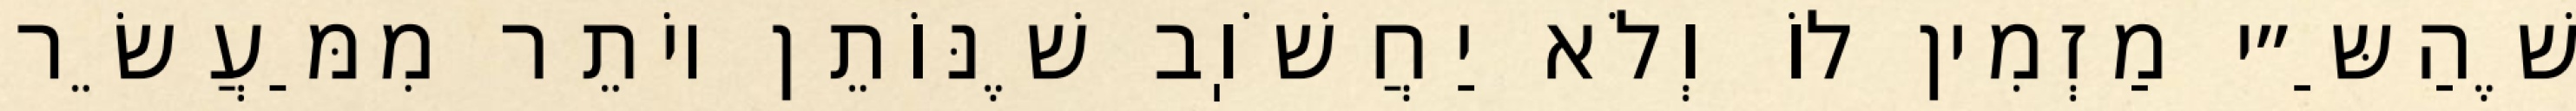
שֶׁהַשַּ״י מַזְמִין לוֹ וְלֹא יַחֲשֹׁוֽב שֶׁנּוֹתֵן יוֹתֵר מִמַּעֲשֵׂר